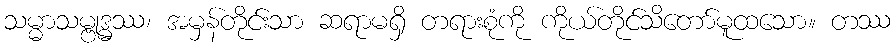
သမ္မာသမ္ဗုဒ္ဓဿ၊ အမှန်တိုင်းသာ ဆရာမရှိ တရားစုံကို ကိုယ်တိုင်သိတော်မူထသော။ တဿ